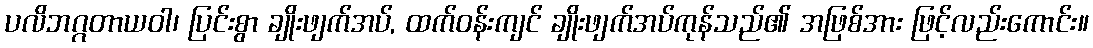
ပလိဘဂ္ဂတာယဝါ၊ ပြင်းစွာ ချိုးဖျက်အပ်, ထက်ဝန်းကျင် ချိုးဖျက်အပ်ကုန်သည်၏ အဖြစ်အား ဖြင့်လည်းကောင်း။